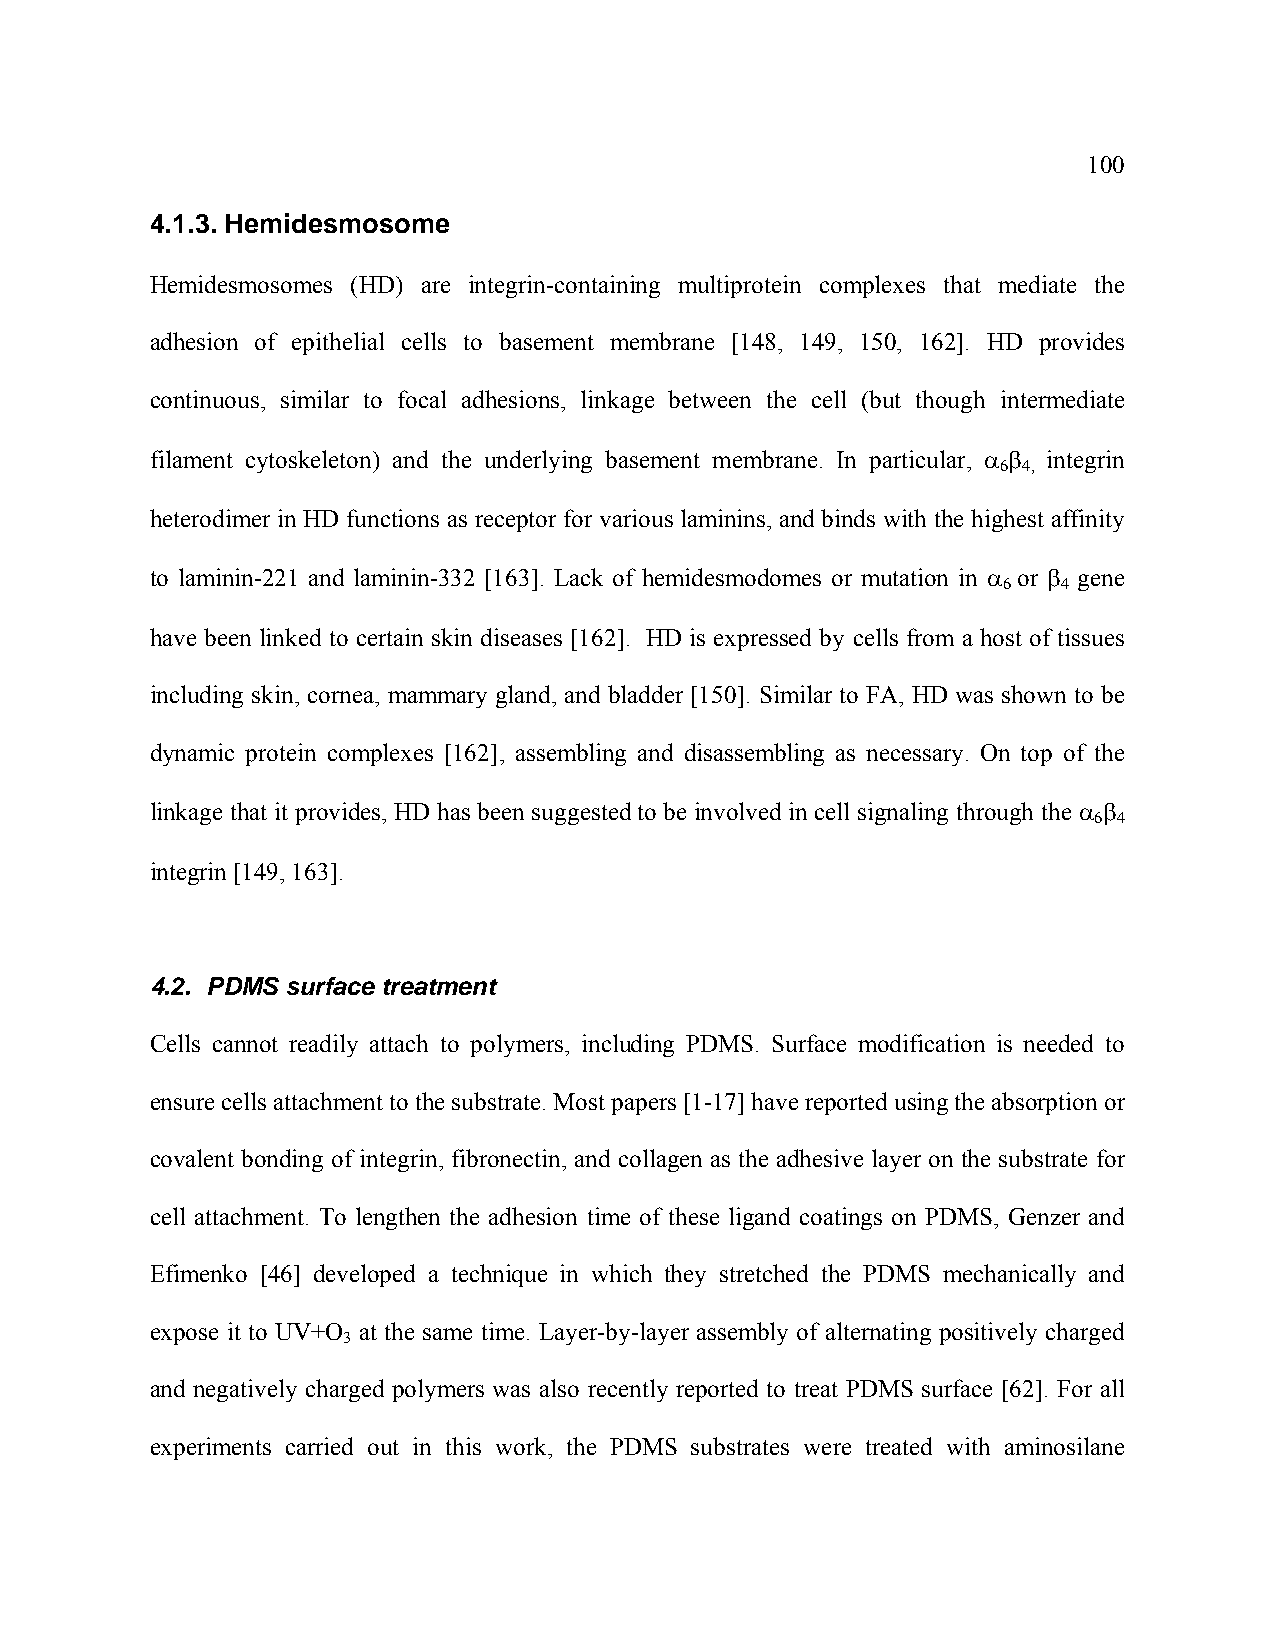
100
 4.1.3. Hemidesmosome
 Hemidesmosomes (HD) are integrin-containing multiprotein complexes that mediate the
 adhesion of epithelial cells to basement membrane [148, 149, 150, 162]. HD provides
 continuous, similar to focal adhesions, linkage between the cell (but though intermediate
 filament cytoskeleton) and the underlying basement membrane. In particular, α β integrin
 6 4,
 heterodimer in HD functions as receptor for various laminins, and binds with the highest affinity
 to laminin-221 and laminin-332 [163]. Lack of hemidesmodomes or mutation in α or β gene
 6   4
 have been linked to certain skin diseases [162]. HD is expressed by cells from a host of tissues
 including skin, cornea, mammary gland, and bladder [150]. Similar to FA, HD was shown to be
 dynamic protein complexes [162], assembling and disassembling as necessary. On top of the
 linkage that it provides, HD has been suggested to be involved in cell signaling through the α β
 6 4
 integrin [149, 163].
 4.2. PDMS surface treatment
 Cells cannot readily attach to polymers, including PDMS. Surface modification is needed to
 ensure cells attachment to the substrate. Most papers [1-17] have reported using the absorption or
 covalent bonding of integrin, fibronectin, and collagen as the adhesive layer on the substrate for
 cell attachment. To lengthen the adhesion time of these ligand coatings on PDMS, Genzer and
 Efimenko [46] developed a technique in which they stretched the PDMS mechanically and
 expose it to UV+O at the same time. Layer-by-layer assembly of alternating positively charged
 3
 and negatively charged polymers was also recently reported to treat PDMS surface [62]. For all
 experiments carried out in this work, the PDMS substrates were treated with aminosilane